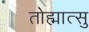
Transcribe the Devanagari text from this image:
तोह्मात्सु